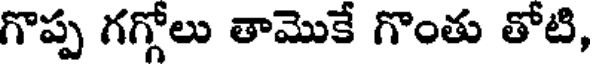
గొప్ప గగ్గోలు తామొకే గొంతు తోటి,